Sanitation, dispensaries and jails vaccination Rajputana 1922-1927 - 1922-1927
Year: 1922
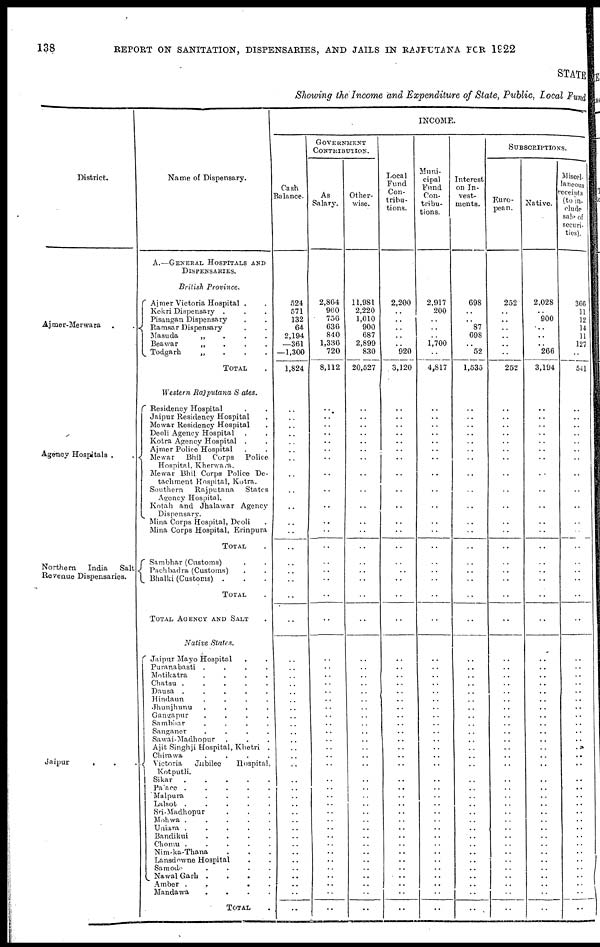
138
REPORT ON SANITATION, DISPENSARIES, AND JAILS IN RAJPUTANA FOR 1922
STATE
Showing the Income and Expenditure of State, Public, Local Fund
District.
Ajmer-Merwara . .
Agency Hospitals .
Northern
India
Salt,
Revenue Dispensaries.
Jaipur
. . .
Name of Dispensary.
A.—GENERAL HOSPITALS AND
DISPENSARIES.
British Province.
Ajmer Victoria Hospital . .
Kekri Dispensary . . .
Pisangan Dispensary . .
Ramsar Dispensary. .
Masuda
„ . . .
Beawar
„ . . .
Todgarh
„ . . .
TOTAL .
Western Rajputana States.
Residency Hospital . .
Jaipur Residency Hospital .
Mewar Residency Hospital .
Deoli Agency Hospital . .
Kotra Agency Hospital . .
Ajmer Police Hospital . .
Mewar
Bhil Corps
Police
Hospital, Kherwara.
Mewar Bhil Corps Police De-
tachment Hospital, Kotra.
Southern
Rajputana
States
Agency Hospital.
Kotah and Jhalawar Agency
Dispensary.
Mina Corps Hospital, Deoli .
Mina Corps Hospital, Erinpura
TOTAL .
Sambhar (Customs) . .
Pachbadra (Customs) . .
Bhalki (Customs) . . .
TOTAL .
TOTAL AGENCY AND SALT
Native States.
Jaipur Mayo Hospital . .
Puranabasti .
.
.
.
Motikatra
.
.
.
.
Chatsu .
.
.
.
.
Dausa .
.
.
.
.
Hindaun
.
.
.
.
Jhunjhunu
.
.
.
.
Gangapur
.
.
.
.
Sambhar
.
.
.
.
Sanganer
.
.
.
.
Sawai-Madhopur . . .
Ajit Singhji Hospital, Khetri .
Chirawa
.
.
.
.
Victoria
Jubilee
Hospital.
Kotputli.
Sikar
. . . . .
Palace .
.
.
.
.
Malpura
.
.
.
.
Lalsot .
.
.
.
.
Sri-Madhopur . . .
Mohwa .
.
.
.
.
Uniara .
.
.
.
.
Bandikui
. . . .
Chomu . . . . .
Nim-ka-Thana . . .
Lansdowne Hospital . .
Samode
. . . .
Nawal Garh . . . .
Amber .
. . .
Mandawa
. . . .
TOTAL .
INCOME.
Cash
Balance.
524
571
132
64
2,194
—361
—1,300
1,824
..
..
..
..
..
..
..
..
..
..
..
..
..
..
..
..
..
..
..
..
..
..
..
..
..
..
..
..
..
..
..
..
..
..
..
..
..
..
..
..
..
..
..
..
..
..
..
..
..
GOVERNMENT
CONTRIBUTION.
As
Salary.
2,864
960
756
636
840
1,336
720
8,112
..
..
..
..
..
..
..
..
..
..
..
..
..
..
..
..
..
..
..
..
..
..
..
..
..
..
..
..
..
..
..
..
..
..
..
..
..
..
..
..
..
..
..
..
..
..
..
..
..
Other¬
vise.
11,981
2,220
1,010
900
687
2,899
830
20,527
..
..
..
..
..
..
..
..
..
..
..
..
..
..
..
..
..
..
..
..
..
..
..
..
..
..
..
..
..
..
..
..
..
..
..
..
..
..
..
..
..
..
..
..
..
..
..
..
..
Local
Fund
Con-
tribu-
tions.
2,200
..
..
..
..
..
920
3,120
..
..
..
..
..
..
..
..
..
..
..
..
..
..
..
..
..
..
..
..
..
..
..
..
..
..
..
..
..
..
..
..
..
..
..
..
..
..
..
..
..
..
..
..
..
..
..
..
..
Muni-
cipal
Fund
Con-
tribu-
tions.
2,917
200
..
..
..
1,700
..
4,817
..
..
..
..
..
..
..
..
..
..
..
..
..
..
..
..
..
..
..
..
..
..
..
..
..
..
..
..
..
..
..
..
..
..
..
..
..
..
..
..
..
..
..
..
..
..
..
..
..
Interest
on In-
vest-
ments.
698
..
..
87
698
..
52
1,535
..
..
..
..
..
..
..
..
..
..
..
..
..
..
..
..
..
..
..
..
..
..
..
..
..
..
..
..
..
..
..
..
..
..
..
..
..
..
..
..
..
..
..
..
..
..
..
..
..
SUBSCPIPTIONS.
Euro-
pean.
252
..
..
..
..
..
..
252
..
..
..
..
..
..
..
..
..
..
..
..
..
..
..
..
..
..
..
..
..
..
..
..
..
..
..
..
..
..
..
..
..
..
..
..
..
..
..
..
..
..
..
..
..
..
..
..
..
Native.
2,028
..
900
..
..
..
266
3,194
..
..
..
..
..
..
..
..
..
..
..
..
..
..
..
..
..
..
..
..
..
..
..
..
..
..
..
..
..
..
..
.. ..
..
..
..
..
..
..
..
..
..
..
..
..
..
..
..
..
Miscel¬
laneous
receipts
(to in¬
clude
sale of
securi-
ties).
366
11
12
14
11
127
..
541
..
..
..
..
..
..
..
..
..
..
..
..
..
..
..
..
..
..
..
..
..
..
..
..
..
..
..
..
..
..
..
..
..
..
..
..
..
..
..
..
..
..
..
..
..
..
..
..
..